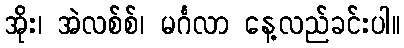
အိုး၊ အဲလစ်စ်၊ မင်္ဂလာ နေ့လည်ခင်းပါ။